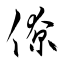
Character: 僚